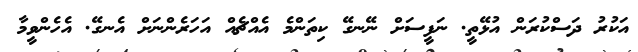
އަކުރު ދަސްކުރަން އުޅޭތީ. ނަފީސަށް ނޭނގޭ ކިތަންމެ އެއްޗެއް އަހަރެންނަށް އެނގޭ. އެހެންވީމާ